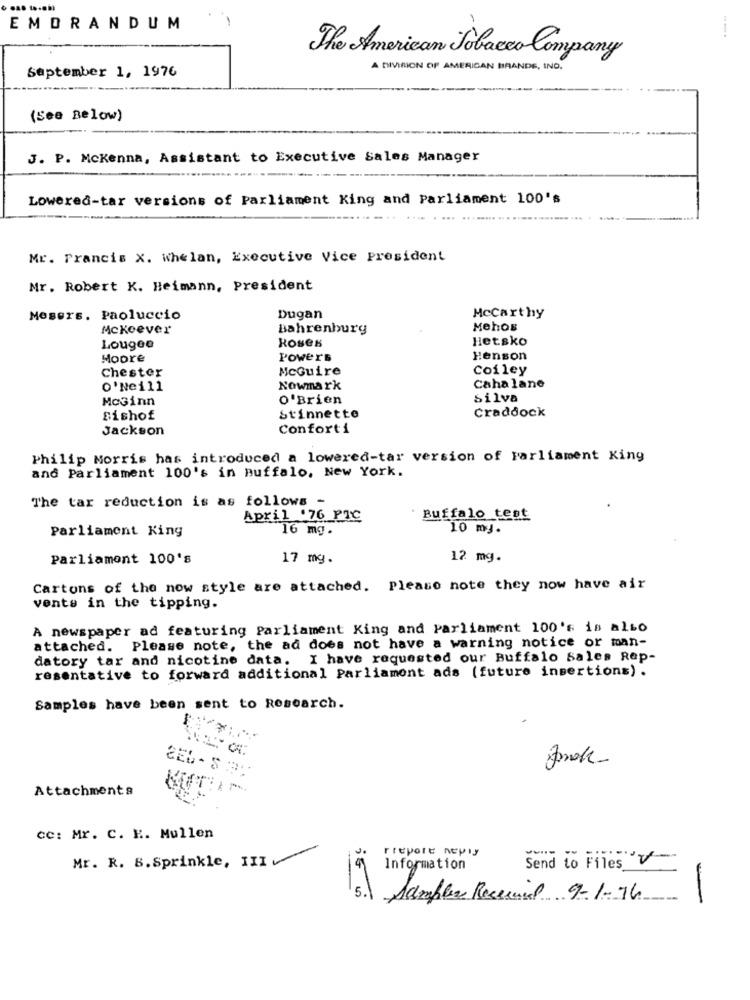
EMDRANDUM
The American Tobacco Company
September 1, 1976
A DIVISION OF AMERICAN BRANDE, IND.
(See Below)
J. P. Mckenna, Assistant to Executive Sales Manager
Lowered-tar versions of Parliament King and Parliament 100's
Mr. Francis X. Whelan, Executive Vice president
Mr. Robert K. Heimann, president
Mesers. Paoluccio
Dugan
Mccarthy
Mckeever
Bahrenburg
Mehos
Hetsko
Lougee
Roses
Moore
Powers
Henson
Chester
McGuire
Coiley
O'Neill
Nowmark
Caha lane
MoGinn
o'Brien
Silva
Craddock
Bishof
Stinnette
Jackson
Conforti
Philip Morris has introduced a lowered-tar version of Parliament King
and Parliament 100's in Buffalo, New York.
The tar reduction is as follows -
April .76 PIC
Buffalo test
Parliament King
16 mg .
10 my.
Parliament 100's
17 mg.
12 mg.
Cartons of the now style are attached. Please note they now have air
vente in the tipping.
A newspaper ad featuring Parliament King and Parliament 100's is also
attached. Please note, the ad does not have a warning notice or man-
datory tar and nicotine data.
I have requested our Buffalo Sales Rep-
resentative to forward additional Parliament ads (future insertions) .
Samples have been sent to Research.
2EL-$ 39
Attachments
cc: Mr. C. E. Mullen
Freport neply
Mr. R. B. Sprinkle, III
Information
Send to Files
5.
it is
Samples Received 9-1-76